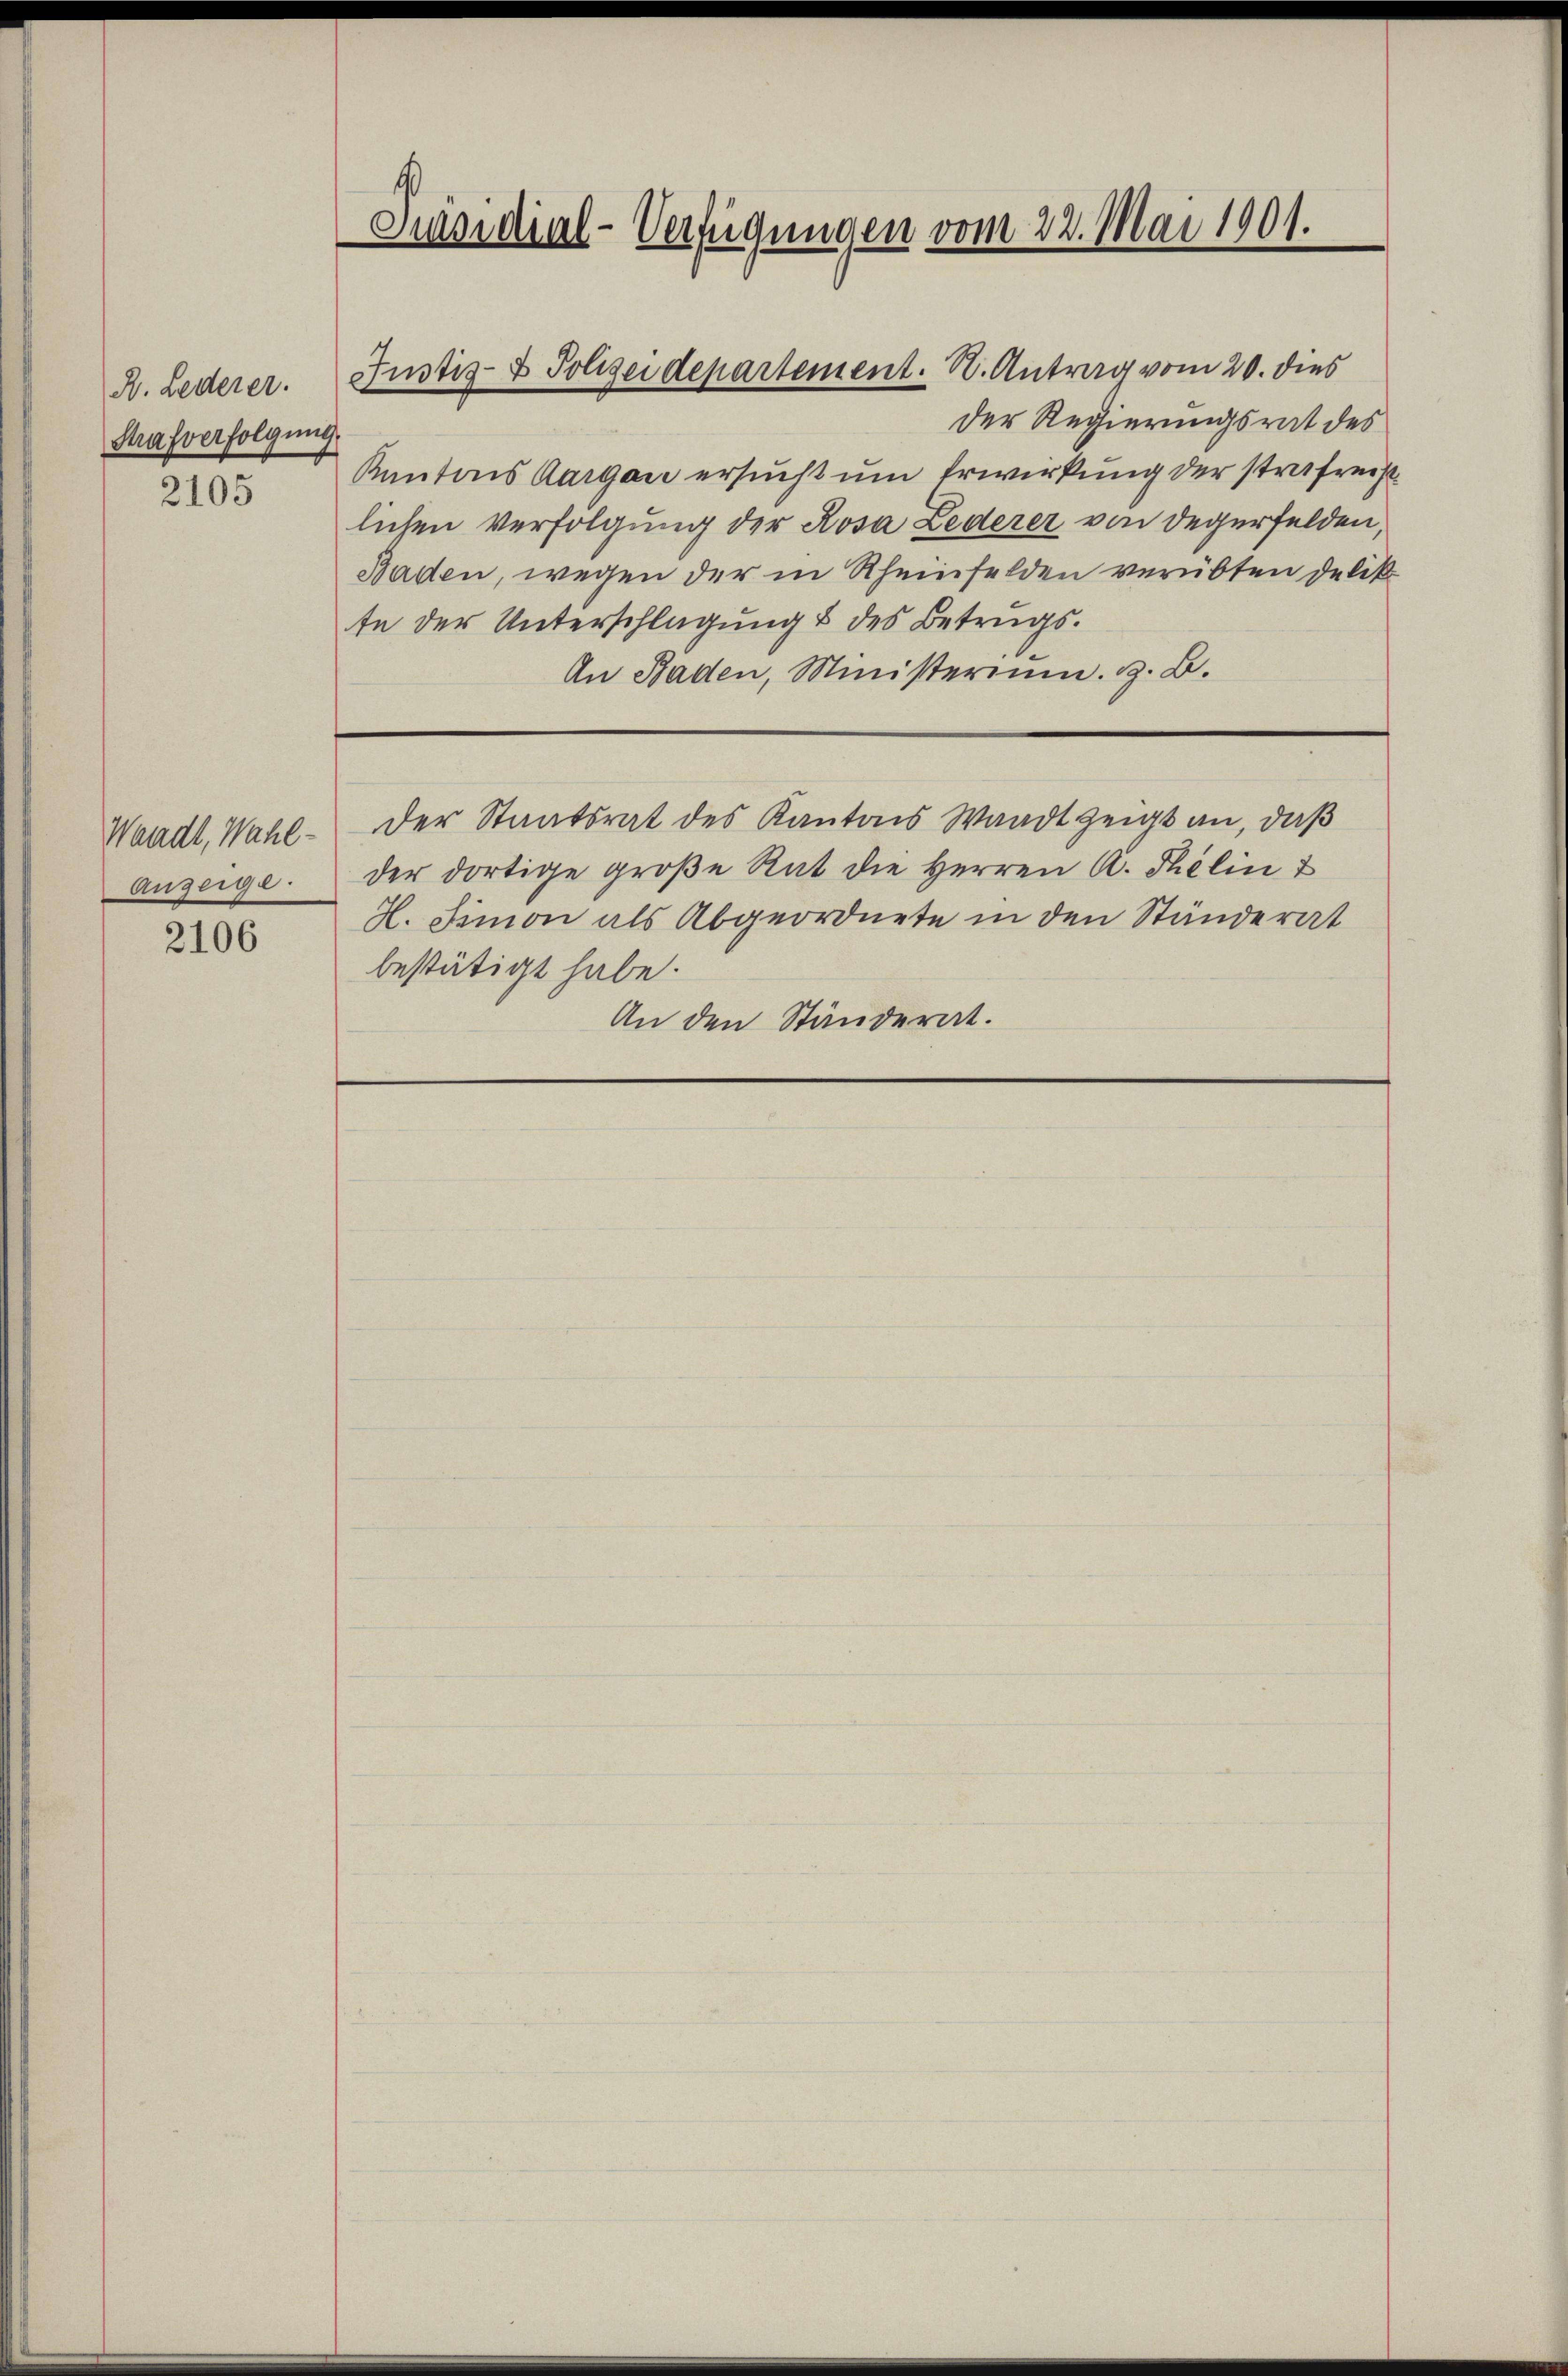
B. Lederer.
Strafverfolgung

2105

Waadt, Wahl-
Anzeige

2106

Präsidial-Verfügungen vom 22. Mai 1901.

der Regierungsrat des
Kantons Aargau ersucht um Erwirkung der strafreist
lichen Verfolgung der Rosa Lederer von Degerfelden,
Baden, wegen der in Rheinfelden verübten Delik
te der Unterschlagung & des Betrugs¬
An Baden, Ministerium. H. B.
Der Staatsrat des Kantons Waadt zeigt an, daß
der dortige große Rat die Herren A. Thelin &
H. Fimon als Abgeordnete in den Ständerat
bestätigt habe.
An den Ständerat.

Justiz- & Polizeidepartement. N. Antrag vom 20. dies